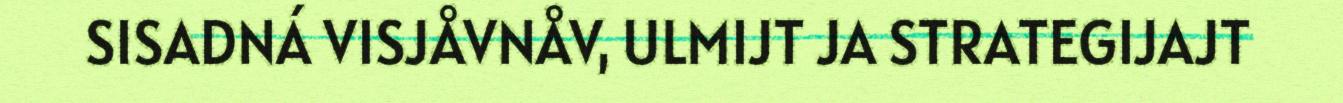
SISADNÁ VISJÅVNÅV, ULMIJT JA STRATEGIJAJT